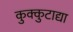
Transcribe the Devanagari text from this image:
कुक्कुटाद्या